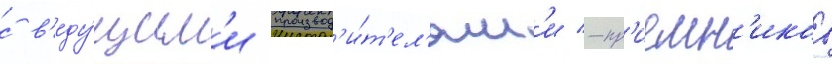
с в'еду́щим'и производ'и́т'ел'ям'и -пр'иемн'иков